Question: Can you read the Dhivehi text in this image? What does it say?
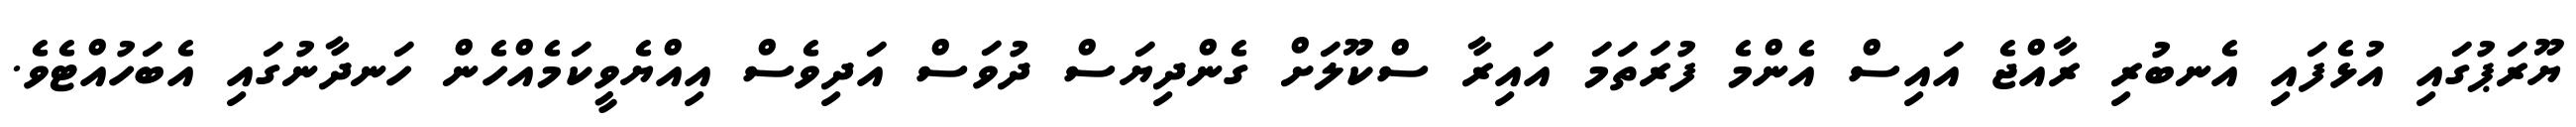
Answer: ޔޫރަޕުގައި އުޅެފައި އެނބުރި ރާއްޖެ އައިސް އެންމެ ފުރަތަމަ އައިރާ ސްކޫލަށް ގެންދިޔަސް ދުވަސް އަދިވެސް އިއްޔެވީކަމެއްހެން ހަނދާނުގައި އެބަހުއްޓެވެ.